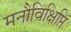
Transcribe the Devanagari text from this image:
मनौविक्षिप्ति